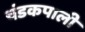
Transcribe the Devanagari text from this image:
चंडकपाली